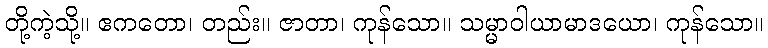
တို့ကဲ့သို့။ ဧကတော၊ တည်း။ ဇာတာ၊ ကုန်သော။ သမ္မာဝါယာမာဒယော၊ ကုန်သော။